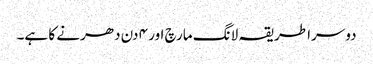
دوسرا طریقہ لانگ مارچ اور ۴ دن دھرنے کا ہے۔